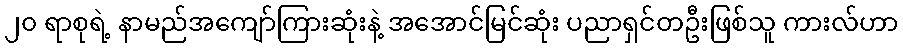
၂၀ ရာစုရဲ့ နာမည်အကျော်ကြားဆုံးနဲ့ အအောင်မြင်ဆုံး ပညာရှင်တဦးဖြစ်သူ ကားလ်ဟာ